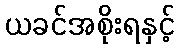
ယခင်အစိုးရနှင့်